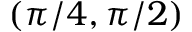
( \pi / 4 , \pi / 2 )